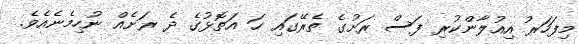
މިފަހަރު އިއުލާންކުރި ފަސް ރަށުގެ ތެރޭގައި ހަ އަތޮޅުގެ ދެ ރަށެއް ނުހިމެނެއެވެ.